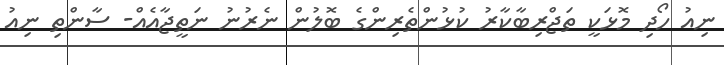
ނިއު ހޯދި މޮޅަކީ ތަޖްރިބާކާރު ކުޅުންތެރިންގެ ބޮލުން ނެރުނު ނަތީޖާއެއް- ސާންތި ނިއު